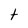
Character: t